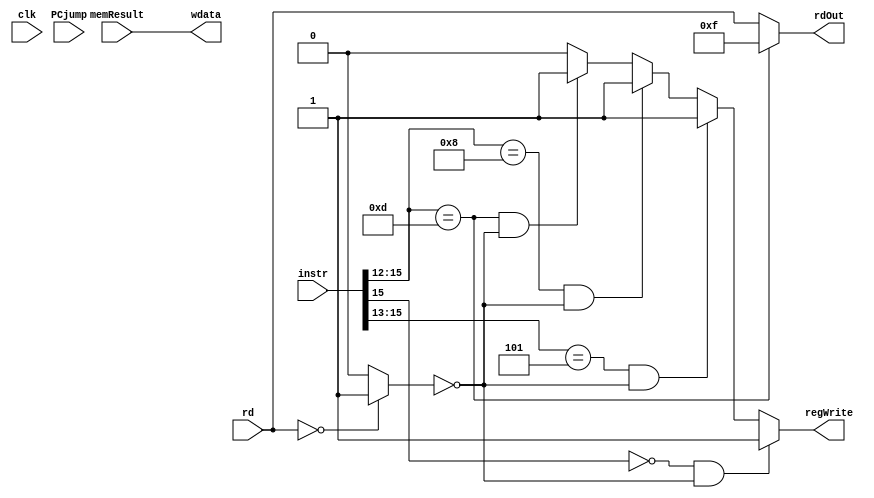
module stage_WB(clk, memResult, instr, PCjump, rd, rdOut, wdata, regWrite);//memtoReg,

input [15:0] memResult, instr, PCjump;
input [3:0] rd;
input clk;//memtoReg,

output [15:0] wdata; 
output [3:0] rdOut;
output regWrite;

wire regZero;

assign regZero = (rd == 4'b0000) ? 1:
			0;

// Pass along destination reg
assign rdOut = (instr[15:12] == 4'b1101) ? 4'b1111 : rd; 	// For JAL

// Decide whether to write to registers
assign regWrite = //(rd == 4'b0000) ? 0 :
		  (instr[15] == 0 && regZero != 1'b1) ? 1 :
		  (instr[15:13] == 3'b101 && regZero != 1'b1) ? 1 :
		  (instr[15:12] == 4'b1000 && regZero != 1'b1) ? 1 :
		  (instr[15:12] == 4'b1101 && regZero != 1'b1) ? 1 :		// For JAL 
					0;

// Decide the location of write data
//assign wdata = (instr[15:12] == 4'b1101) ? PCjump : memResult;
assign wdata = memResult;

endmodule